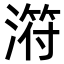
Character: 𣻜